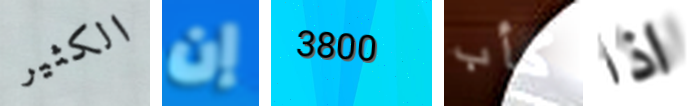
الكثير إن 3800 كأب اذا